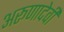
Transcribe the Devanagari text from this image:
अरूणादेवी